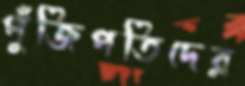
পুঁজিপতিদের